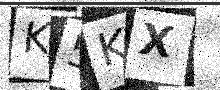
Text: K5KX